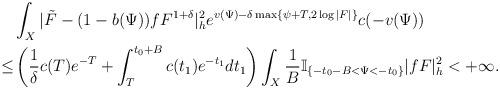
LaTeX: \begin{align*}&\int_{X}|\tilde{F}-(1-b(\Psi))fF^{1+\delta}|_{h}^2e^{v(\Psi)-\delta \max\{\psi+T,2\log|F|\}}c(-v(\Psi))\\\le & \left(\frac{1}{\delta}c(T)e^{-T}+\int^{t_0+B}_T c(t_1)e^{-t_1}dt_1\right)\int_{X}\frac{1}{B}\mathbb{I}_{\{-t_0-B<\Psi<-t_0\}} |fF|^2_h<+\infty.\end{align*}